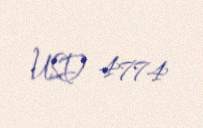
USD 4774